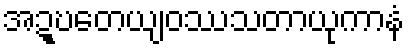
အဍ္ဎတေယျဝဿသတာယုကာနံ